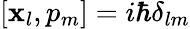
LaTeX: [\mathbf{x}_{l},p_{m}]=i\hbar\delta_{lm}